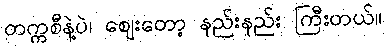
တက္ကစီနဲ့ပဲ၊ ဈေးတော့ နည်းနည်း ကြီးတယ်။